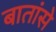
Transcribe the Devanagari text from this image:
बातांसे